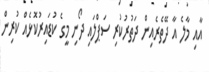
އާއި މާލެ އާ ދޭތެރެއިން ދަތުރުކުރި ސަޕްލައި ދޯނި މީގެ ކުޑައިރުކޮޅެއް ކުރިން